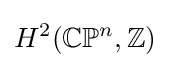
H^{2}(\mathbb {C} \mathbb {P} ^{n},\mathbb {Z} )